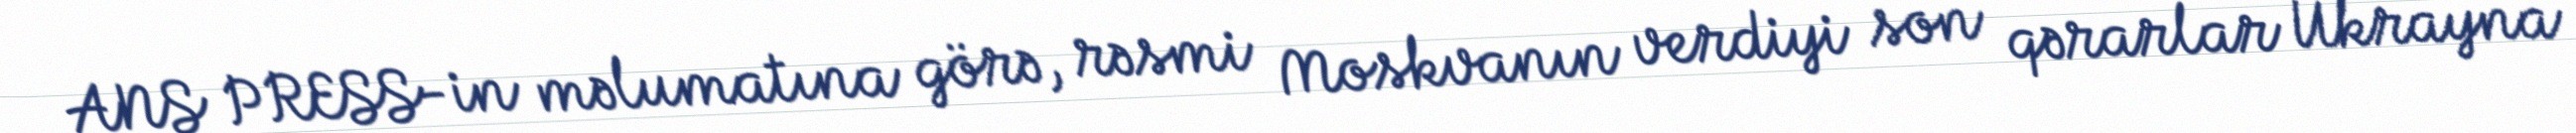
ANS PRESS-in məlumatına görə, rəsmi Moskvanın verdiyi son qərarlar Ukrayna